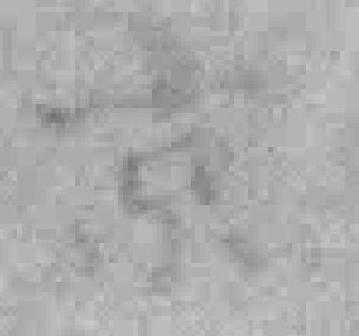
京